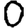
Digit: 0